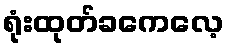
ရုံးထုတ်ခကေလေ့